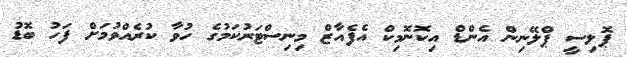
ޕޮލިސީ ޕްލޭނިން އެންޑް އިކޮނޮމިކް އެފެއާޒް މިނިސްޓަރުކަމުގެ ހުވާ ކުރެއްވުމަށް ފަހު ބޮޑު